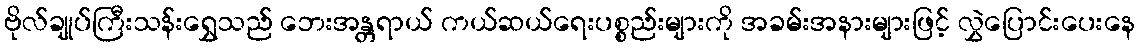
ဗိုလ်ချုပ်ကြီးသန်းရွှေသည် ဘေးအန္တရာယ် ကယ်ဆယ်ရေးပစ္စည်းများကို အခမ်းအနားများဖြင့် လွှဲပြောင်းပေးနေ